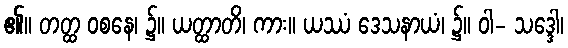
၏။ တတ္ထ ဝစနေ၊ ၌။ ယတ္ထာတိ၊ ကား။ ယဿံ ဒေသနာယံ၊ ၌။ ဝါ- သဒ္ဒေါ၊